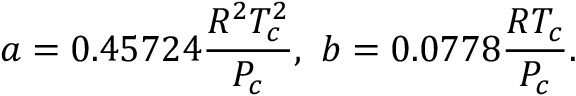
a = 0 . 4 5 7 2 4 \frac { R ^ { 2 } T _ { c } ^ { 2 } } { P _ { c } } , \ b = 0 . 0 7 7 8 \frac { R T _ { c } } { P _ { c } } .